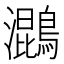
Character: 𮭓